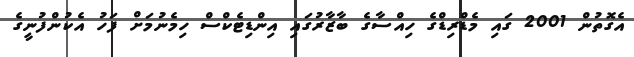
އެގޮތުން 2001 ގައި މެޑްރިޑްގެ ހިއްސާގެ ބާޒާރުގައި އިންޑިޓެކްސް ހިމެނުމަށް ފަހު އެކުންފުނީގެ